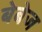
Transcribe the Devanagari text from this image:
बेबेज